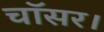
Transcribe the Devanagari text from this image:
चॉसर।